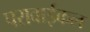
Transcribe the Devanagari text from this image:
परावाईकल